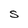
Character: S